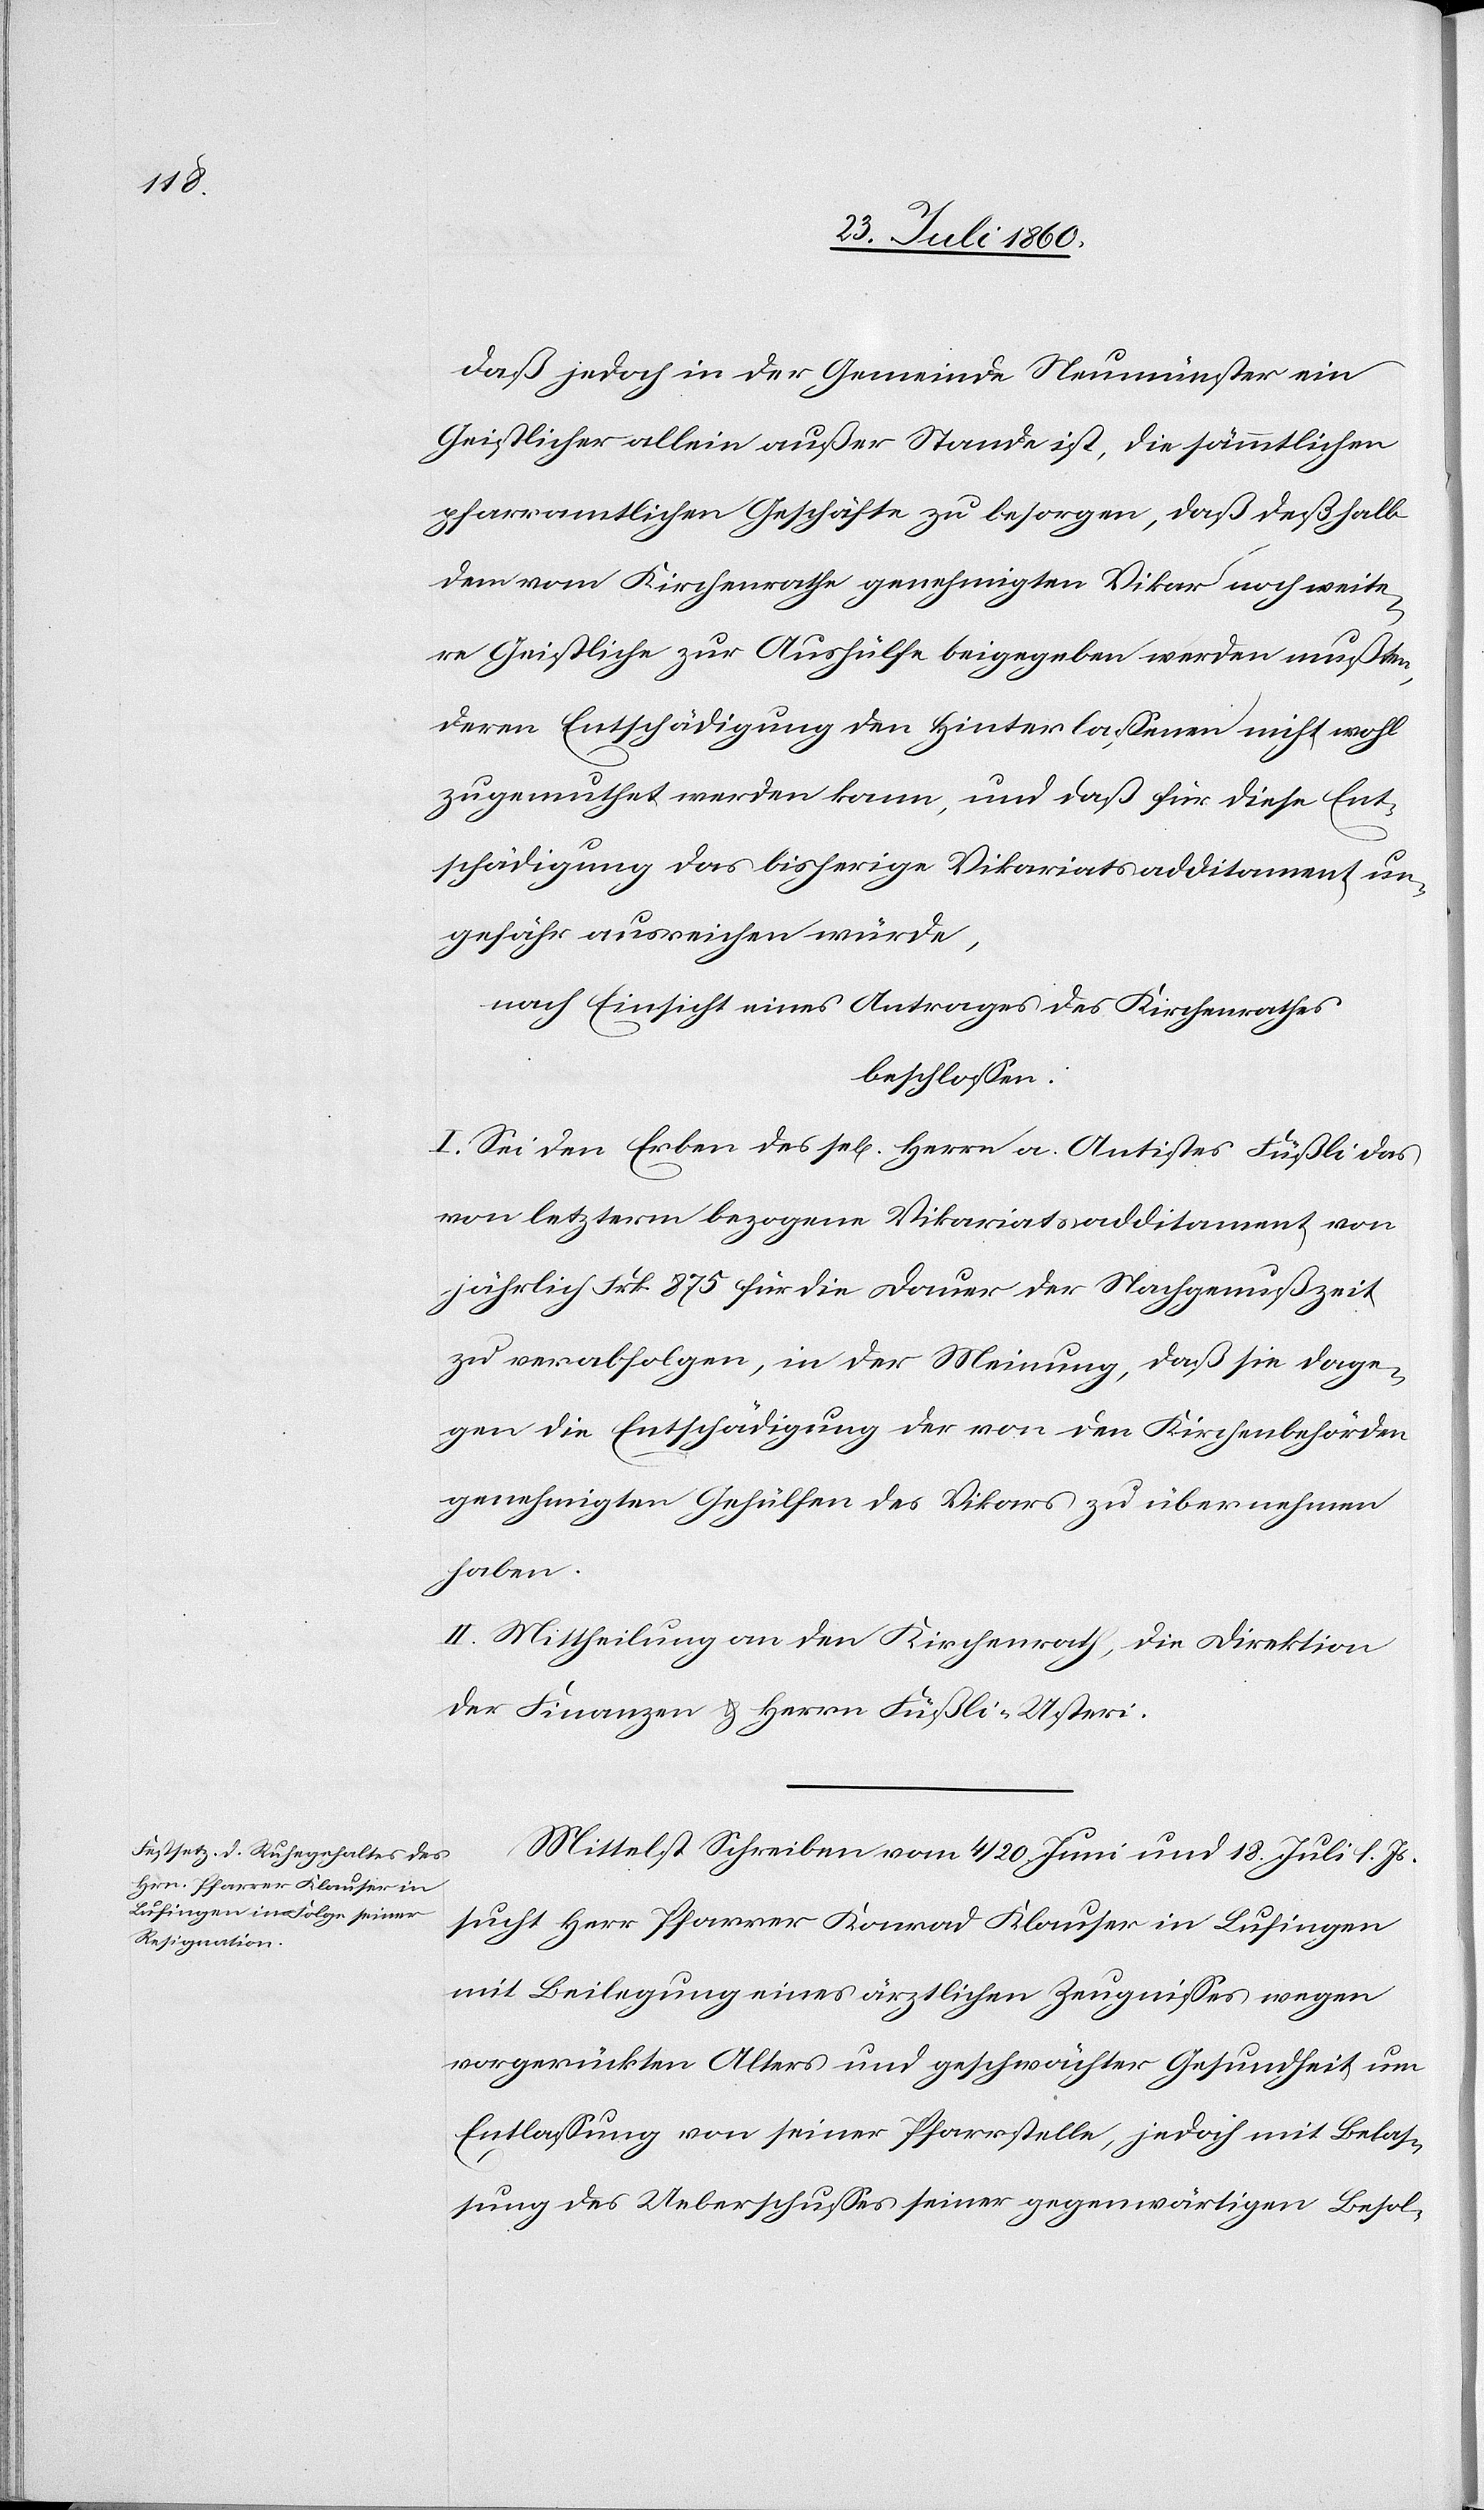
daß jedoch in der Gemeinde Neumünster ein
Geistlicher allein außer Stande ist, die sämmtlichen
pfarramtlichen Geschäfte zu besorgen, dass deshalb
dem vom Kirchenrathe genehmigten Vikar noch weite¬
re Geistliche zur Aushülfe beigegeben werden mussten,
deren Entschädigung den Hinterlassenen nicht wohl
zugemuthet werden kann, und dass für diese Ent¬
schädigung das bisherige Vikariatsadditament un¬
gefähr ausreichen würde,
nach Einsicht eines Antrages des Kirchenrathes
beschlossen:
I. Sei den Erben des sel. Herrn a. Antistes Füssli das
von letzterm bezogene Vikariatsadditament von
jährlich Frk. 875 für die Dauer der Nachgenußzeit
zu verabfolgen in der Meinung, dass sie dage¬
gen die Entschädigung der von den Kirchenbehörden
genehmigten Gehülfen des Vikars zu übernehmen
haben.
II. Mittheilung an den Kirchenrath, die Direktion
der Finanzen und Herrn Füßli-Usteri.
Mittelst Schreiben vom 4 / 20. Juni und 18. Juli l. Js.
sucht Herr Pfarrer Konrad Klauser in Lufingen
mit Beilegung eines ärztlichen Zeugnisses wegen
vorgerückten Alters und geschwächter Gesundheit um
Entlassung von seiner Pfarrstelle, jedoch mit Belas¬
sung des Ueberschusses seiner gegenwärtigen Be-